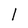
Character: 1